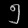
Digit: ၅